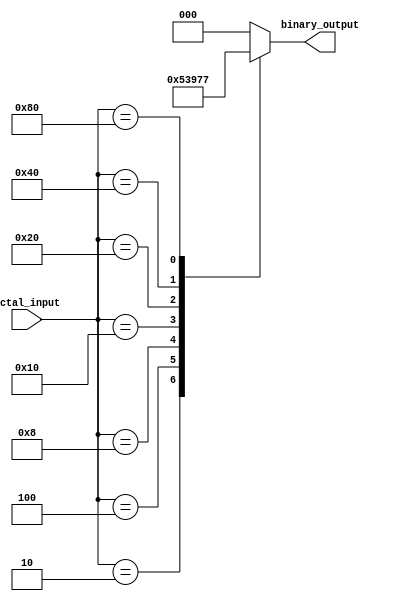
module octal_to_binary_encoder (
    input [7:0] octal_input,  // 8-bit octal input
    output reg [2:0] binary_output // 3-bit binary output
);

    always @(*) begin
        // Default output
        binary_output = 3'b000;

        // Check for active inputs and assign the corresponding binary output
        case (octal_input)
            8'b00000001: binary_output = 3'b000; // octal 0
            8'b00000010: binary_output = 3'b001; // octal 1
            8'b00000100: binary_output = 3'b010; // octal 2
            8'b00001000: binary_output = 3'b011; // octal 3
            8'b00010000: binary_output = 3'b100; // octal 4
            8'b00100000: binary_output = 3'b101; // octal 5
            8'b01000000: binary_output = 3'b110; // octal 6
            8'b10000000: binary_output = 3'b111; // octal 7
            default: binary_output = 3'b000; // If no input is active, output 000
        endcase
    end

endmodule